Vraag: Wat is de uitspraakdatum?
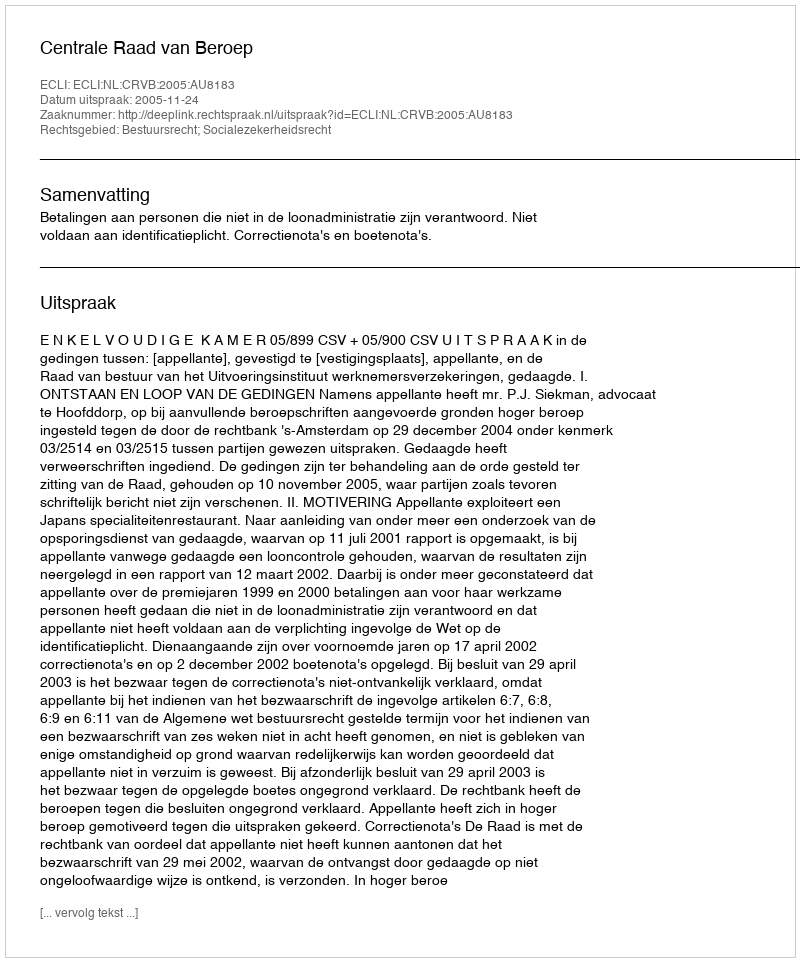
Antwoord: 2005-11-24